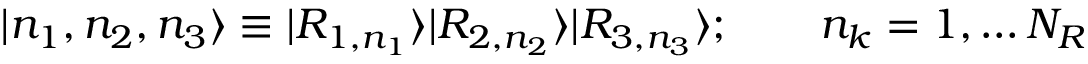
| n _ { 1 } , n _ { 2 } , n _ { 3 } \rangle \equiv | R _ { 1 , n _ { 1 } } \rangle | R _ { 2 , n _ { 2 } } \rangle | R _ { 3 , n _ { 3 } } \rangle ; \qquad n _ { k } = 1 , \ldots N _ { R }